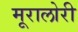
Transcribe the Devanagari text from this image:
मूरालोरी